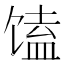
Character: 馌